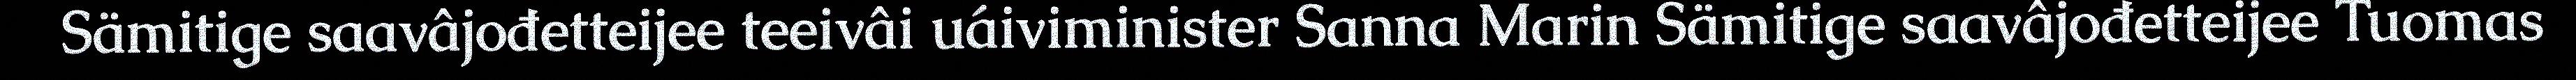
Sämitige saavâjođetteijee teeivâi uáiviminister Sanna Marin Sämitige saavâjođetteijee Tuomas